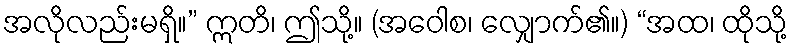
အလိုလည်းမရှိ။” ဣတိ၊ ဤသို့။ (အဝေါစ၊ လျှောက်၏။) “အထ၊ ထိုသို့